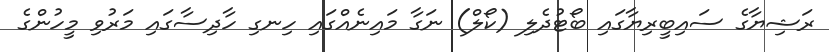
ރަޝިޔާގެ ސައިބީރިޔާގައި ބޯޓުދެލި (ކޯލް) ނަގާ މައިނެއްގައި ހިނގި ހާދިސާގައި މަރުވި މީހުންގެ